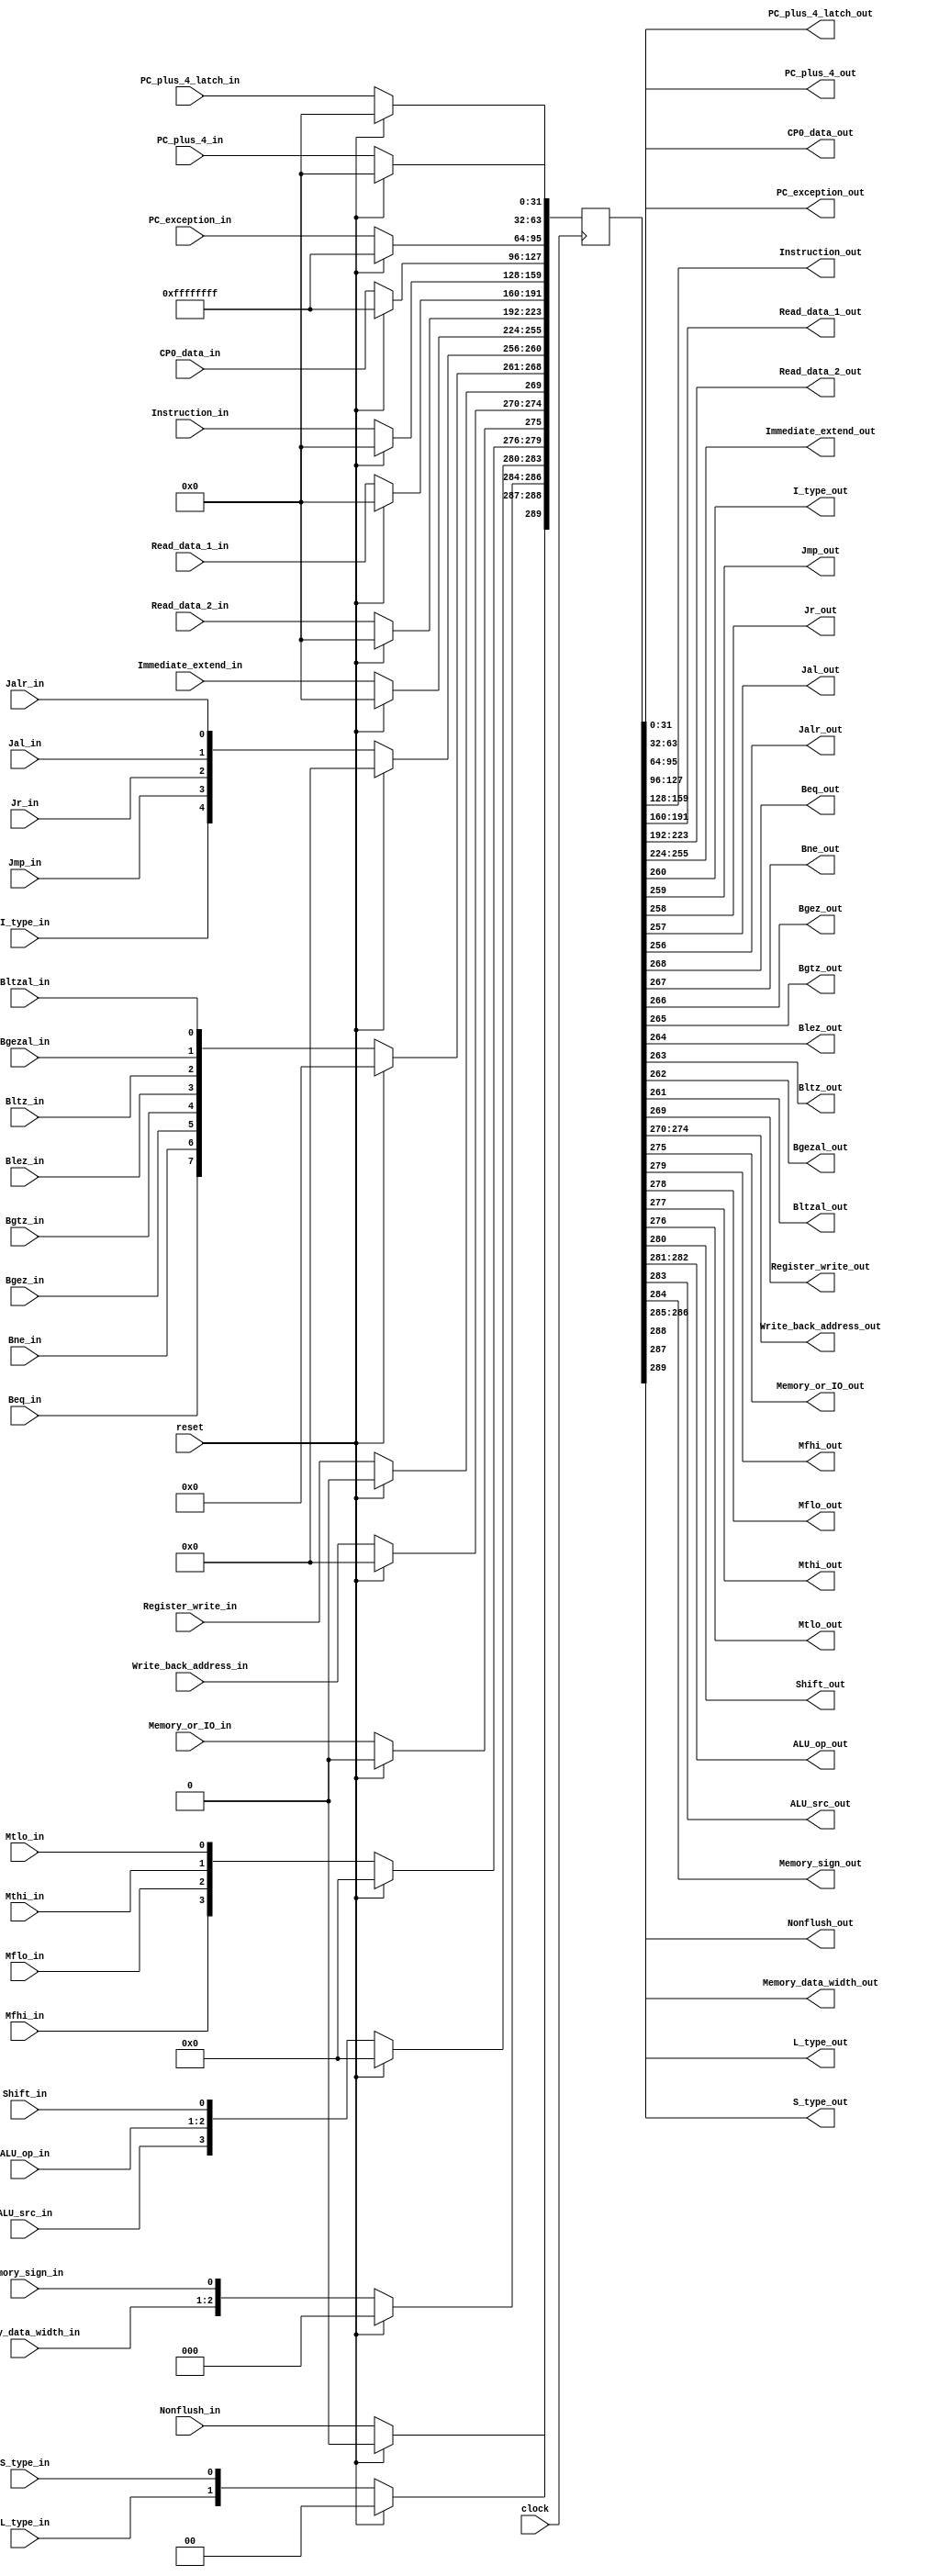
`timescale 1ns / 1ps
//////////////////////////////////////////////////////////////////////////////////
// Module: ID/EX
//////////////////////////////////////////////////////////////////////////////////

/*

reg[31:0]	    PC_plus_4
reg[63:32]	    PC_plus_4_latch
reg[95:64]	    PC_exception
reg[127:96]	    CP0_data
reg[159:128]	Instruction
reg[191:160]	Read_data_1
reg[223:192]	Read_data_2
reg[255:224]	Immediate_extend
reg[260:256]	I_type, Jmp, Jr, Jal, Jalr
reg[268:261]	Beq, Bne, Bgez, Bgtz, Blez, Bltz, Bgezal, Bltzal
reg[269]	    Register_write
reg[274:270]	Write_back_address
reg[275]	    Memory_or_IO
reg[279:276]	Mfhi, Mflo, Mthi, Mtlo
reg[280]	    Shift
reg[282:281]	ALU_op
reg[283]	    ALU_src
reg[284]	    Memory_sign
reg[286:285]	Memory_data_width
reg[288:287]    L_type, S_type
reg[289]        Nonflush
*/

module ID_EX(
    clock,reset,
    
    PC_plus_4_in,PC_plus_4_latch_in,
    PC_exception_in,CP0_data_in,
    Instruction_in,
    Read_data_1_in,Read_data_2_in,Immediate_extend_in,
    I_type_in,Jmp_in,Jr_in,Jal_in,Jalr_in,
    Beq_in,Bne_in,Bgez_in,Bgtz_in,Blez_in,Bltz_in,Bgezal_in,Bltzal_in,
    Register_write_in,Write_back_address_in,
    Memory_or_IO_in,
    Mfhi_in,Mflo_in,Mthi_in,Mtlo_in,
    Shift_in,ALU_op_in,ALU_src_in,
    Memory_sign_in,Memory_data_width_in,
    L_type_in,S_type_in,
    Nonflush_in,

    PC_plus_4_out,PC_plus_4_latch_out,
    PC_exception_out,CP0_data_out,
    Instruction_out,
    Read_data_1_out,Read_data_2_out,Immediate_extend_out,
    I_type_out,Jmp_out,Jr_out,Jal_out,Jalr_out,
    Beq_out,Bne_out,Bgez_out,Bgtz_out,Blez_out,Bltz_out,Bgezal_out,Bltzal_out,
    Register_write_out,Write_back_address_out,
    Memory_or_IO_out,
    Mfhi_out,Mflo_out,Mthi_out,Mtlo_out,
    Shift_out,ALU_op_out,ALU_src_out,
    Memory_sign_out,Memory_data_width_out,
    L_type_out,S_type_out,
    Nonflush_out
    );
    
    input   clock;
    input   reset;
    
    reg[289:0]  register;
    
    input[31:0] PC_plus_4_in;
    input[31:0] PC_plus_4_latch_in;
    input[31:0] PC_exception_in;
    input[31:0] CP0_data_in;
    input[31:0] Instruction_in;
    input[31:0] Read_data_1_in;
    input[31:0] Read_data_2_in;
    input[31:0] Immediate_extend_in;
    input       I_type_in,Jmp_in,Jr_in,Jal_in,Jalr_in;
    input       Beq_in,Bne_in,Bgez_in,Bgtz_in,Blez_in,Bltz_in,Bgezal_in,Bltzal_in;
    input       Register_write_in;
    input[4:0]  Write_back_address_in;
    input       Memory_or_IO_in;
    input       Mfhi_in,Mflo_in,Mthi_in,Mtlo_in;
    input       Shift_in;
    input[1:0]  ALU_op_in;
    input       ALU_src_in;
    input       Memory_sign_in;
    input[1:0]  Memory_data_width_in;
    input       L_type_in,S_type_in;
    input      Nonflush_in;

    output[31:0] PC_plus_4_out;
    output[31:0] PC_plus_4_latch_out;
    output[31:0] PC_exception_out;
    output[31:0] CP0_data_out;
    output[31:0] Instruction_out;
    output[31:0] Read_data_1_out;
    output[31:0] Read_data_2_out;
    output[31:0] Immediate_extend_out;
    output       I_type_out,Jmp_out,Jr_out,Jal_out,Jalr_out;
    output       Beq_out,Bne_out,Bgez_out,Bgtz_out,Blez_out,Bltz_out,Bgezal_out,Bltzal_out;
    output       Register_write_out;
    output[4:0]  Write_back_address_out;
    output       Memory_or_IO_out;
    output       Mfhi_out,Mflo_out,Mthi_out,Mtlo_out;
    output       Shift_out;
    output[1:0]  ALU_op_out;
    output       ALU_src_out;
    output       Memory_sign_out;
    output[1:0]  Memory_data_width_out;
    output       L_type_out,S_type_out;
    output       Nonflush_out;
    
    
    assign PC_plus_4_out = register[31:0];
    assign PC_plus_4_latch_out = register[63:32];
    assign PC_exception_out = register[95:64];
    assign CP0_data_out = register[127:96];
    assign Instruction_out = register[159:128];
    assign Read_data_1_out = register[191:160];
    assign Read_data_2_out = register[223:192];
    assign Immediate_extend_out = register[255:224];
    assign {I_type_out,Jmp_out,Jr_out,Jal_out,Jalr_out} = register[260:256];
    assign {Beq_out,Bne_out,Bgez_out,Bgtz_out,Blez_out,Bltz_out,Bgezal_out,Bltzal_out}
            = register[268:261];
    assign Register_write_out = register[269];
    assign Write_back_address_out = register[274:270];
    assign Memory_or_IO_out = register[275];
    assign {Mfhi_out,Mflo_out,Mthi_out,Mtlo_out} = register[279:276];
    assign {ALU_src_out,ALU_op_out,Shift_out} = register[283:280];
    assign {Memory_data_width_out,Memory_sign_out} = register[286:284];
    assign {L_type_out,S_type_out} = register[288:287];
    assign Nonflush_out = register[289];

    always @(negedge clock)
    begin
        if (reset)
            register <= 290'h0_0000_0000_0000_0000_0000_0000_0000_0000_0000_0000_FFFF_FFFF_FFFF_FFFF_0000_0000_0000_0000;
        else
        begin
            register[31:0] <= PC_plus_4_in;
            register[63:32] <= PC_plus_4_latch_in;
            register[95:64] <= PC_exception_in;
            register[127:96] <= CP0_data_in;
            register[159:128] <= Instruction_in;
            register[191:160] <= Read_data_1_in;
            register[223:192] <= Read_data_2_in;
            register[255:224] <= Immediate_extend_in;
            register[260:256] <= {I_type_in,Jmp_in,Jr_in,Jal_in,Jalr_in};
            register[268:261] <= {Beq_in,Bne_in,Bgez_in,Bgtz_in,Blez_in,Bltz_in,
                    Bgezal_in,Bltzal_in};
            register[269] <= Register_write_in;
            register[274:270] <= Write_back_address_in;
            register[275] <= Memory_or_IO_in;
            register[279:276] <= {Mfhi_in,Mflo_in,Mthi_in,Mtlo_in};
            register[283:280] <= {ALU_src_in,ALU_op_in,Shift_in};
            register[286:284] <= {Memory_data_width_in,Memory_sign_in};
            register[288:287] <= {L_type_in,S_type_in};
            register[289] <= Nonflush_in;
        end
    end
    
endmodule